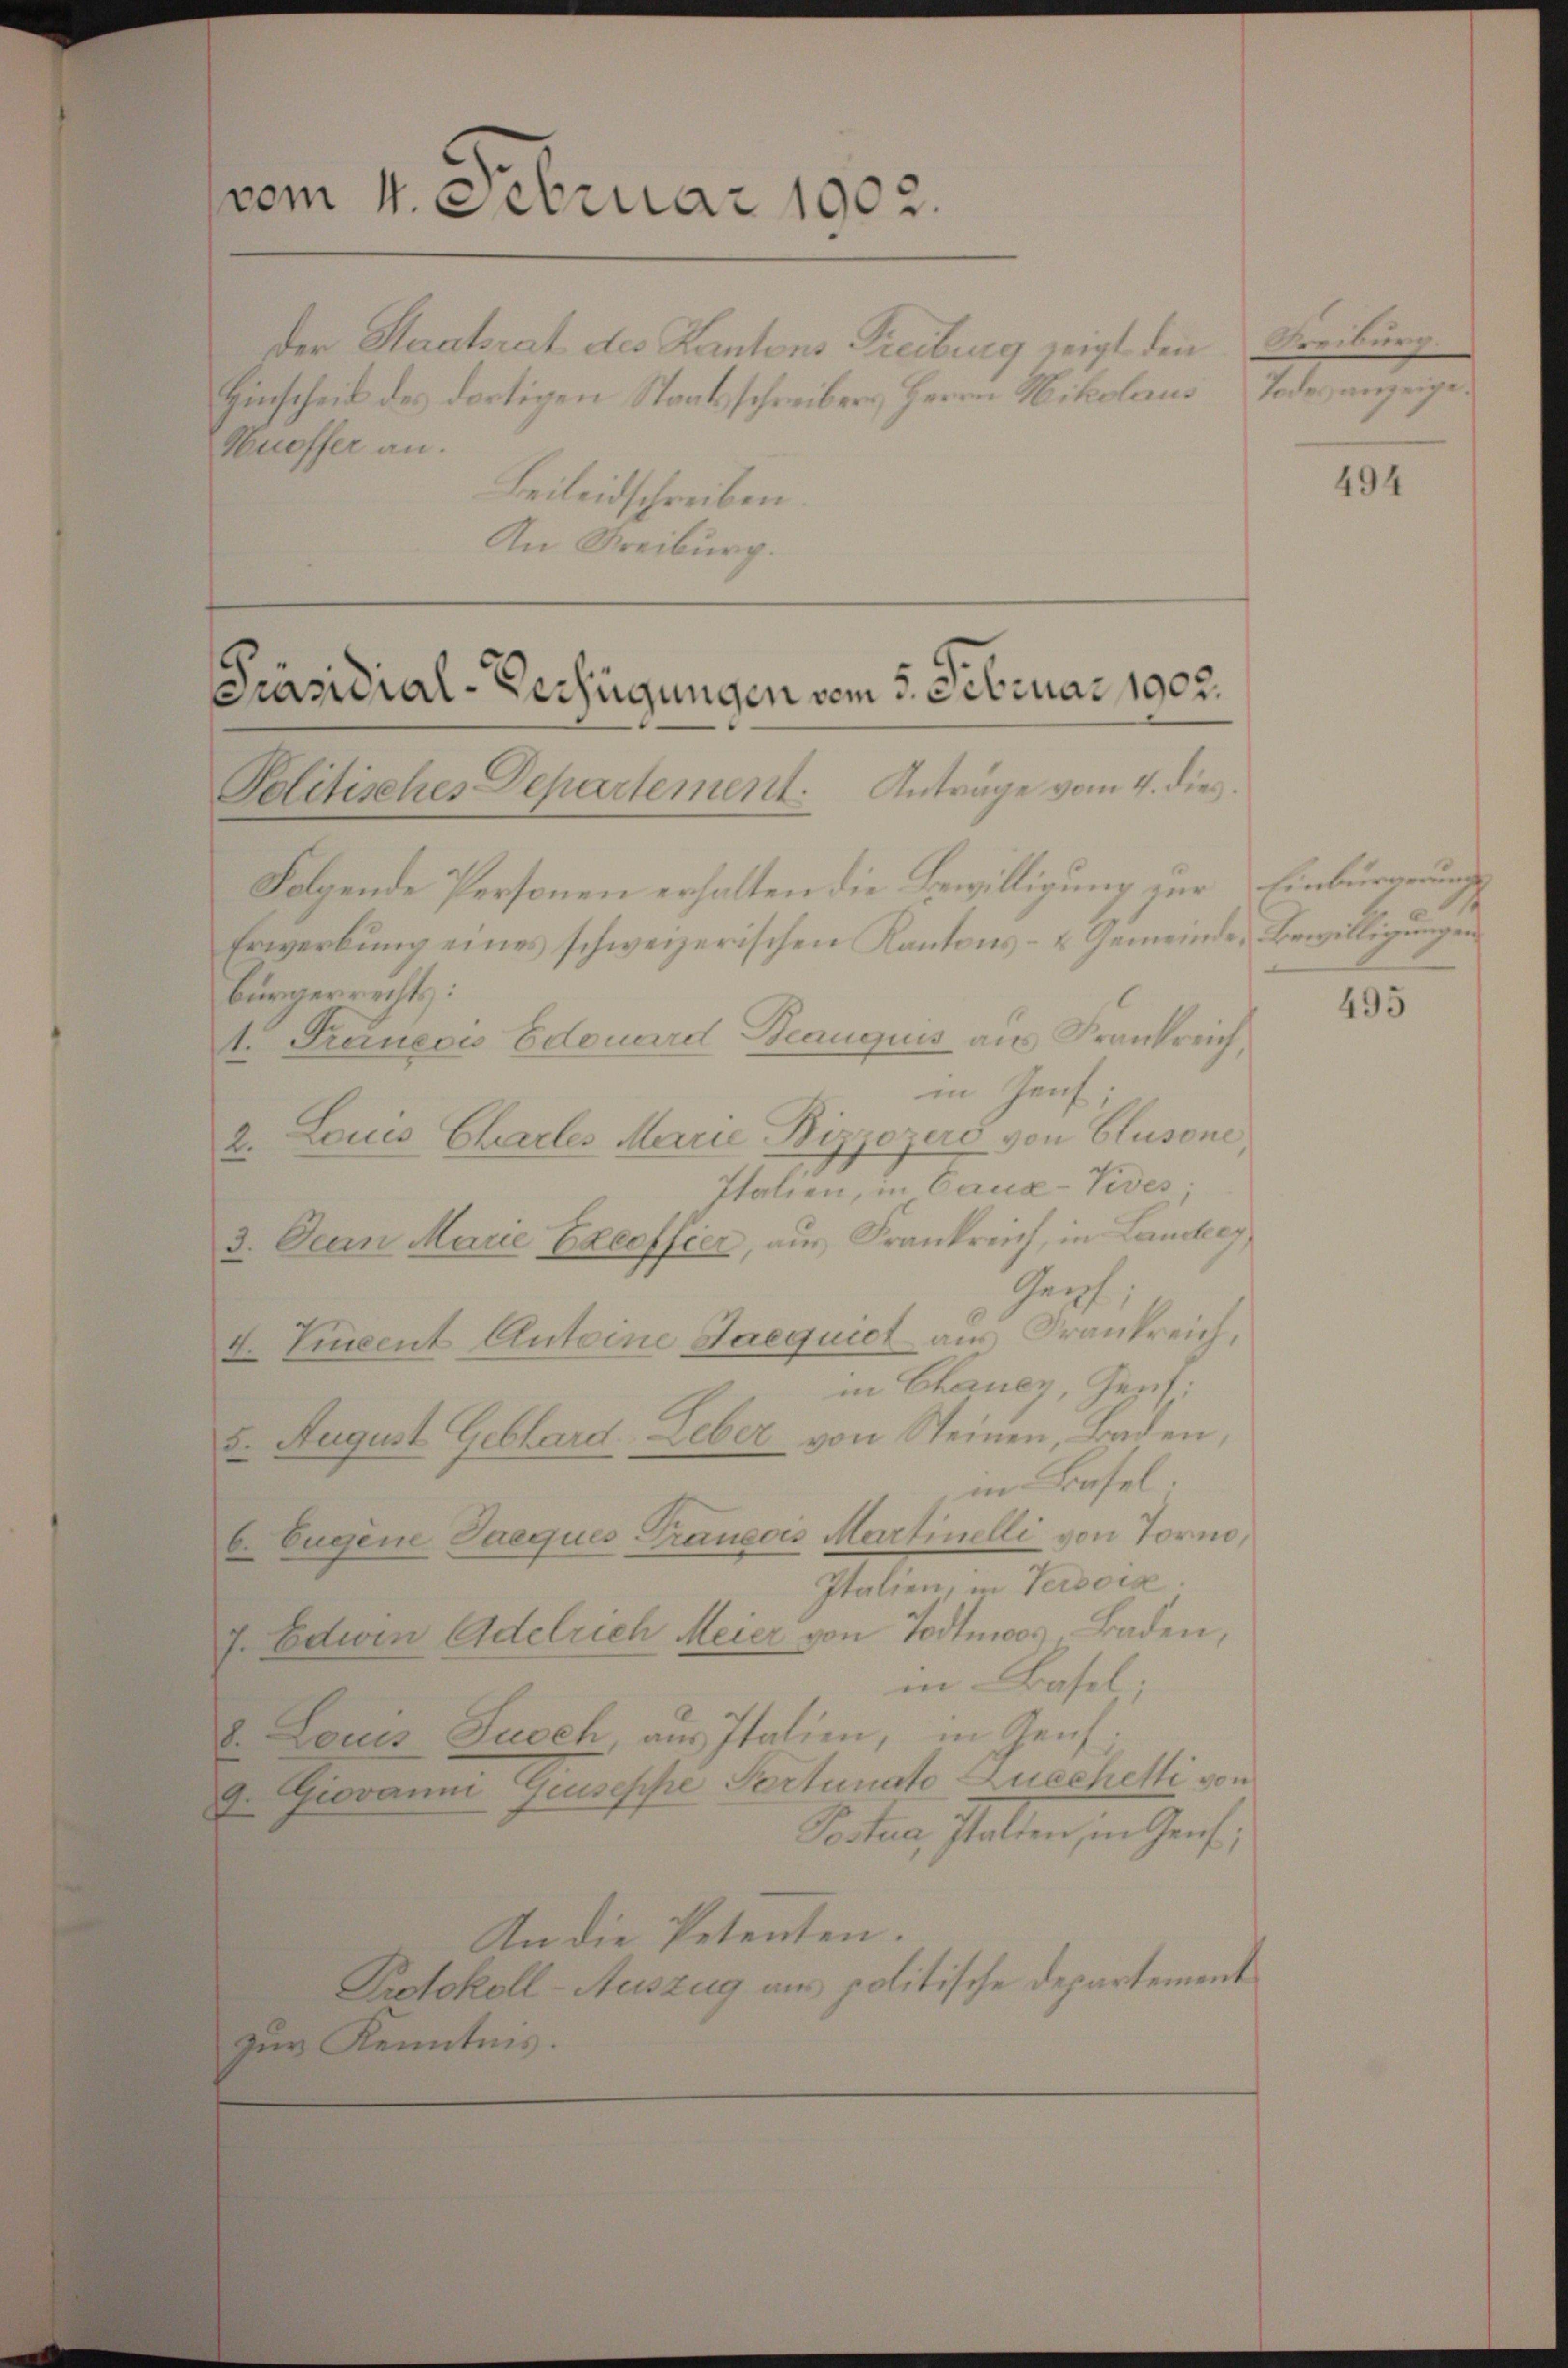
vom 4. Februar 1902.

Präsidial-Verfügungen vom 5. Februar 1902.

der Staatsrat des Kantons Freiburg zeigt den
Hinscheil des dortigen Staatsschreiber, Herrn Nikolaus
Huoffer an.
Beileidschreiben.
An Freiburg.

Politisches Departement. Anträge vom 4. dies
Folgende Personen erhalten die Bewilligung zur Einbürgerung
Erwerbŭng eines schweizerischen Kantons- u Gemeinde Bewilligungen
Bürgerrechts:
t. Freieci Edouard Benuquis aus Frankreich,
in Genf.
2. Louis Charles Marie Bizzozero von Blusone
Italien, in Caux-Vives.
3. Denn Marie Eheeffier, aus Frankreich, in Landrey,
Genf
4. Vincent Antoine Jaequiet aus Frankreich,
in Chancy, Gerf:
8. August Gebhard Leber von Steinen, Baden,
in Basel
b. Eugene Jaeques Traueois Martinilli von Torm,
Italien, in Verdoia.
g Edwin Adelrich Meier von Todtmoos Baden,
in-Basel
I. Laues Susch, aus Italien, in Genf.
g. Giovann Feusische Verlurste Zuschelli von
Section, statten, in Genf,
An die Petenten.
Protokoll-Auszug aus politische Departement
zur Kenntnis.

Kreiburg.
Todes anzeige

494

495